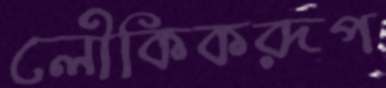
লৌকিকরূপ